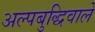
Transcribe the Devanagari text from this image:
अल्पबुद्धिवाले